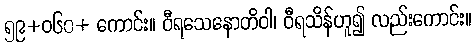
၅၉+ဝ၆၀+ ကောင်း။ ဝီရသေနောတိဝါ၊ ဝီရသိန်ဟူ၍ လည်းကောင်း။